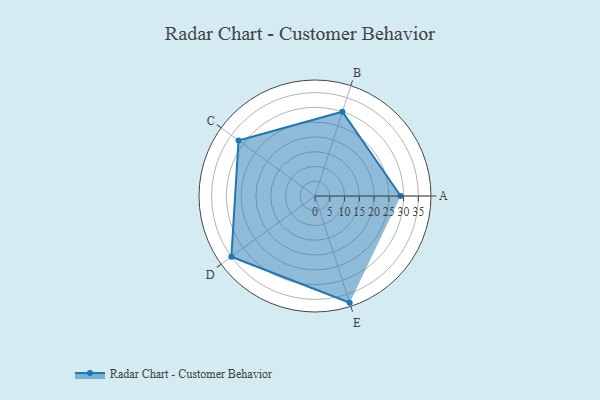
{"axis": {"x": "Skill", "y": "Score"}, "legend": ["Profile"], "data": [{"x": "A", "y": 29.0, "type": "Profile"}, {"x": "B", "y": 30.0, "type": "Profile"}, {"x": "C", "y": 32.0, "type": "Profile"}, {"x": "D", "y": 35.0, "type": "Profile"}, {"x": "E", "y": 38.0, "type": "Profile"}]}